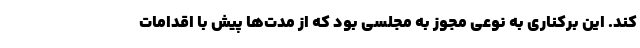
کند. این برکناری به نوعی مجوز به مجلسی بود که از مدت‌ها پیش با اقدامات